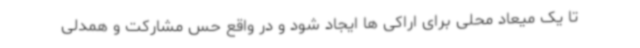
تا یک میعاد محلی برای اراکی ها ایجاد شود و در واقع حس مشارکت و همدلی